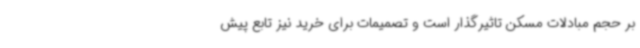
بر حجم مبادلات مسکن تاثیرگذار است و تصمیمات برای خرید نیز تابع پیش